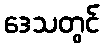
ဒေသတွင်